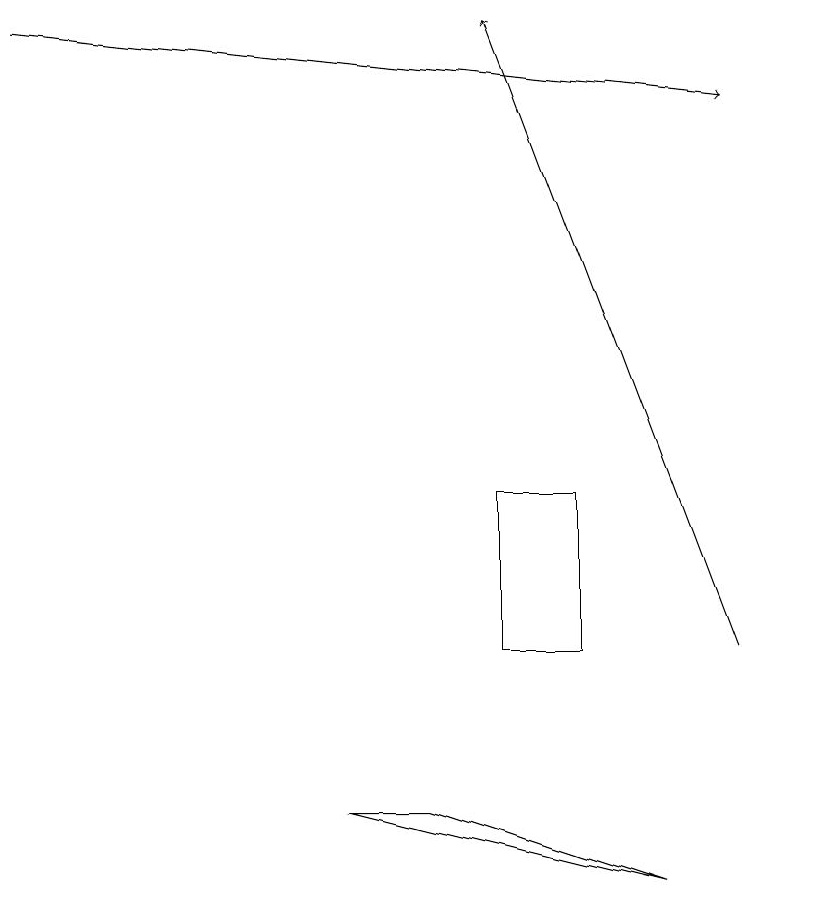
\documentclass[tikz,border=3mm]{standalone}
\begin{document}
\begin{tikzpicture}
\draw (10,11) circle (0);
\draw[->] (0,19) -- (9,18);
\draw (8,8) -- (5,9) -- (4,9) -- cycle;
\draw (6,13) rectangle (7,11);
\draw[->] (9,11) -- (6,19);
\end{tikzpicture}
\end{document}